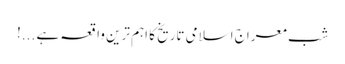
شبِ معراج اسلامی تاریخ کا اہم ترین واقعہ ہے ...!